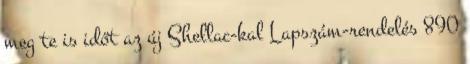
meg te is időt az új Shellac-kal Lapszám-rendelés 890